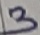
Text: 3